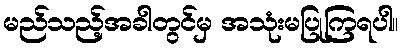
မည်သည့်အခါတွင်မှ အသုံးမပြုကြရပါ။